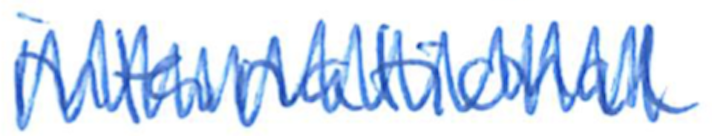
Text: international
Cross-out: mix
Writing tool: ballpoint